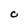
Character: O